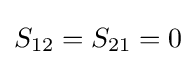
S_{12}=S_{21}=0